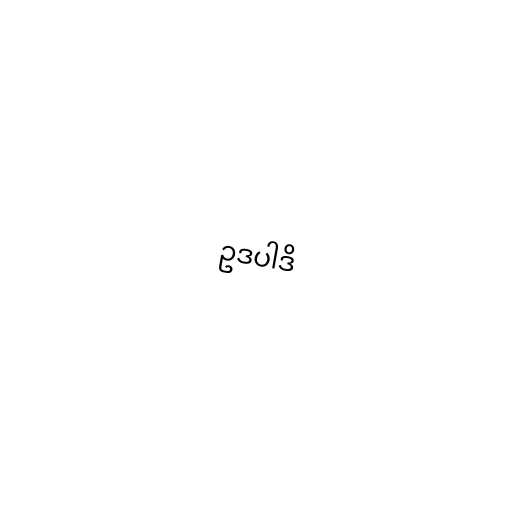
ဥဒပါဒိ